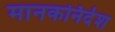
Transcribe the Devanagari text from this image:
मानकनिर्देश